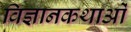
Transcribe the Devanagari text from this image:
विज्ञानकथाओं